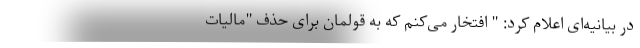
در بیانیه‌ای اعلام کرد: " افتخار می‌کنم که به قولمان برای حذف "مالیات